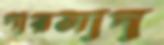
পারসাদ